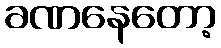
ခဏနေတော့